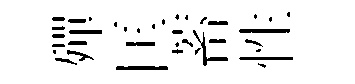
殫匡蓄性